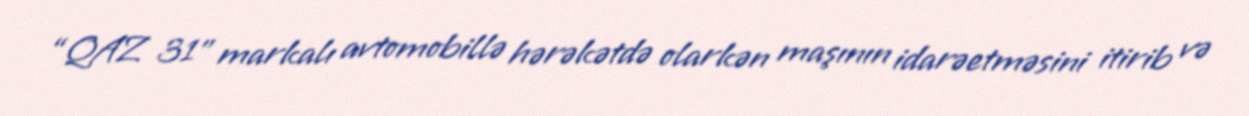
“QAZ 31” markalı avtomobillə hərəkətdə olarkən maşının idarəetməsini itirib və